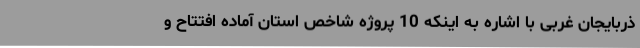
ذربایجان غربی با اشاره به اینکه 10 پروژه شاخص استان آماده افتتاح و